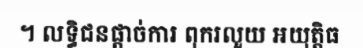
។ លទ្ធិជនផ្តាច់ការ ពុករលួយ អយុត្តិធ